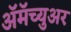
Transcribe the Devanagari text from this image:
ॲमॅच्युअर